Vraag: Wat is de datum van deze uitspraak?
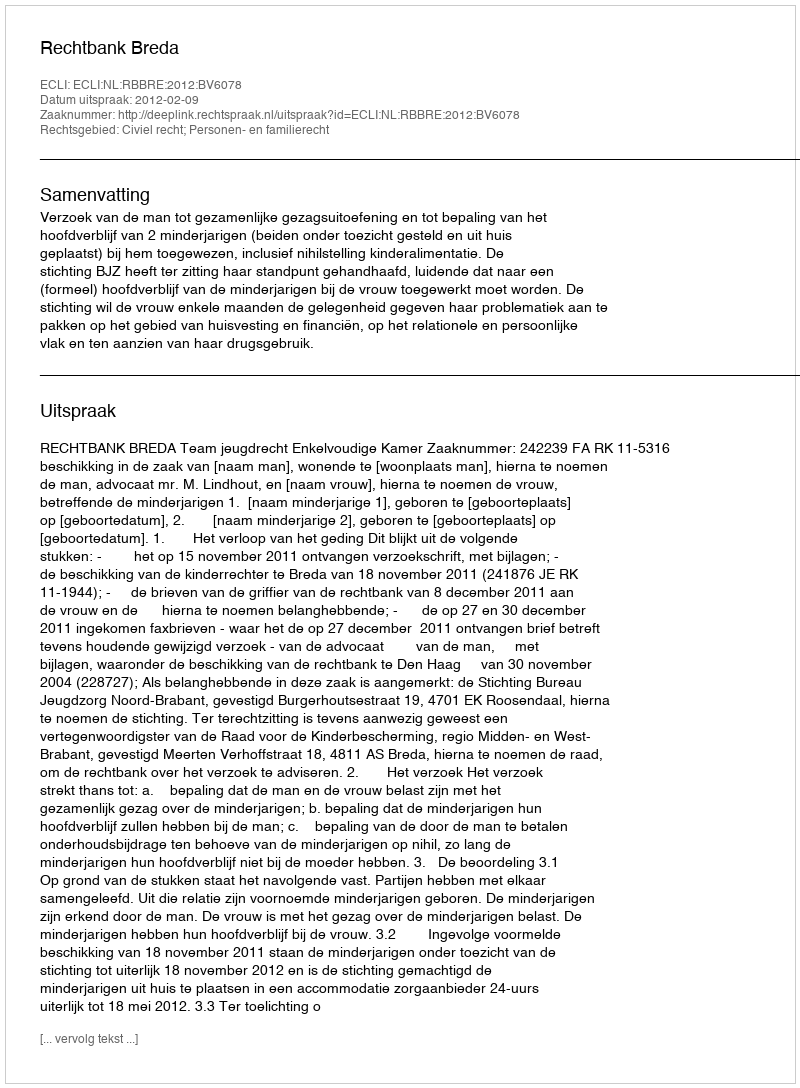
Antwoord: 2012-02-09